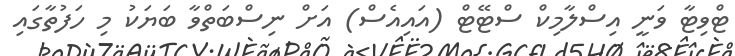
ޓްވިޓާ ވަނީ އިސްލާމިކް ސްޓޭޓް (އައިއެސް) އަށް ނިސްބަތްވާ ބަޔަކު މި ހަފުތާގައި